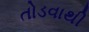
તોડવાથી